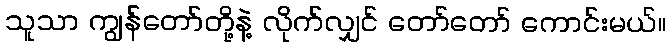
သူသာ ကျွန်တော်တို့နဲ့ လိုက်လျှင် တော်တော် ကောင်းမယ်။